Scottish Leaving Certificate Examination, 1951
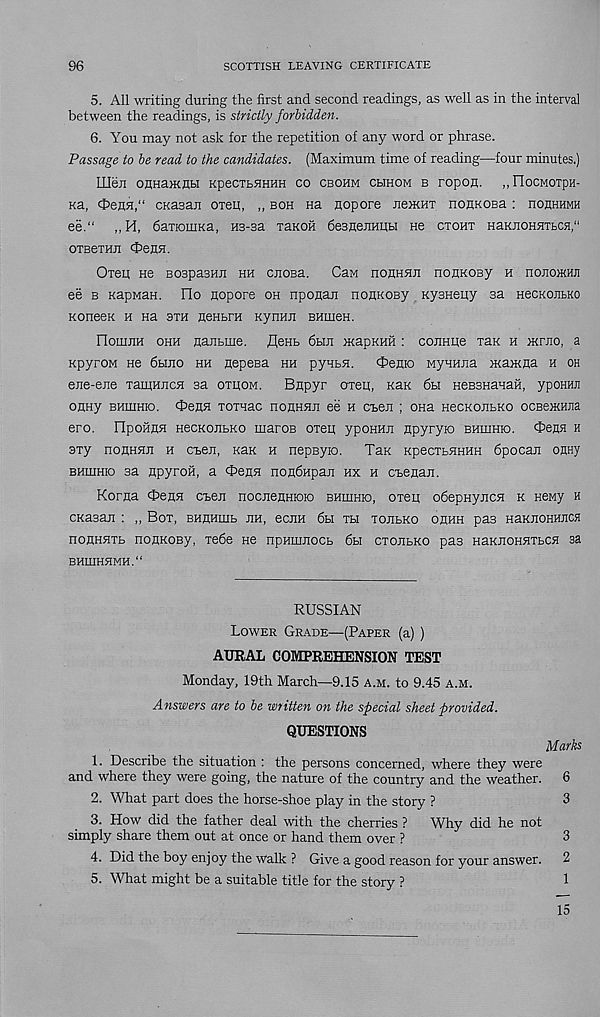
96
SCOTTISH LEAVING CERTIFICATE
5. All writing during the first and second readings, as well as in the interval
between the readings, is strictly forbidden.
6. You may not ask for the repetition of any word or phrase.
Passage to be read to the candidates. (Maximum time of reading—four minutes.)
Illen oflHajknw KpecTbHHHH co cbohm chhom b ropon. ..Hocmotph-
na,
cKasan otgii, „ boh na nopore jibikht nonKOBa : houhhmh
ee.“ ,, H, 6aTiouiKa, H3-sa TaKOii desnenHUbi ne ctoht naKJiOHHTbca,"
OTBeran cbenH.
Otgii He Bospasmi hh cnoBa. Caw houhhji nonKOBy h nonomHji
ee b KapMaH. Ilo nopore oh nponan nonnoBy KysHeuy sa necKOJibKO
KoneeK h na sth nenbrn Kymoi BHmeH.
nomnH ohh nanbuie. flenb 6bui n<apKHH : cojiHiie Tan h mnio, a
KpyroM He 6bino hh nepeea hh pyHbH. ^enio wynHEa maiKna h oh
ene-ene TamnncH sa othom. Bnpyr OTeii, Kan 6bi HeBSHanaH, yponHJi
onny bhuihio. OenH TOTnac nonHHJi ee h Cben ; ona HecKOJibKO ocBencHna
ero. FIpoHnH HecKOJibKO maroB oreii ypoHHn npyryio bhihhio. <E>ensi h
sry noHHHji h cben, Kan h nepsyio. Tan KpecTbHHHH 6pocan onny
bhihhio sa npyroH, a Oenn nondHpan hx h cbenan.
Korna cbenn Chen nocnenHioK) bhiuhio, oreii obepHyncH k Heny h
cKasan : ,, Bot, BHnnmb jih, eciiH 6bi th tojibko ohhh pas HaKJiOHHiicfl
nonHHTb nonnoBy, rede He npHmnocb 6bi ctojibko pas HaKJiOHHTbCH sa
bhiiihhmh.“
RUSSIAN
Lower Grade—(Paper (a) )
AURAL COMPREHENSION TEST
Monday, 19th March—9.15 a.m. to 9.45 a.m.
Answers are to be written on the special sheet provided.
QUESTIONS
Marks
1. Describe the situation : the persons concerned, where they were
and where they were going, the nature of the country and the weather. 6
2. What part does the horse-shoe play in the story ?
3
3. How did the father deal with the cherries ? Why did he not
simply share them out at once or hand them over ?
3
4. Did the boy enjoy the walk ? Give a good reason for your answer. 2
5. What might be a suitable title for the story ?
1
15